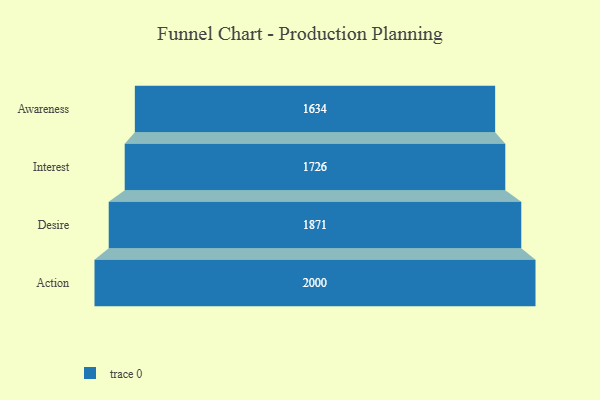
{"axis": {"x": "Stage", "y": "Value"}, "legend": [""], "data": [{"x": "Awareness", "y": 1634.0, "type": ""}, {"x": "Interest", "y": 1726.0, "type": ""}, {"x": "Desire", "y": 1871.0, "type": ""}, {"x": "Action", "y": 2000, "type": ""}]}